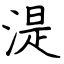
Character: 湜